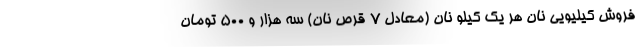
فروش کیلیویی نان هر یک کیلو نان (معادل ۷ قرص نان) سه هزار و ۵۰۰ تومان